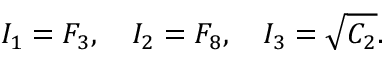
I _ { 1 } = F _ { 3 } , \quad I _ { 2 } = F _ { 8 } , \quad I _ { 3 } = \sqrt { C _ { 2 } } .